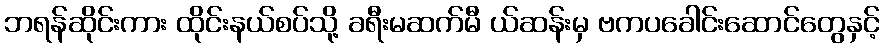
ဘရန်ဆိုင်းကား ထိုင်းနယ်စပ်သို့ ခရီးမဆက်မီ ယ်ဆန်းမှ ဗကပခေါင်းဆောင်တွေနှင့်